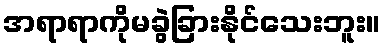
အရာရာကိုမခွဲခြားနိုင်သေးဘူး။